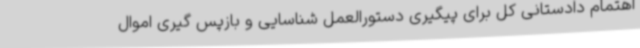
اهتمام دادستانی کل برای پیگیری دستورالعمل شناسایی و بازپس گیری اموال